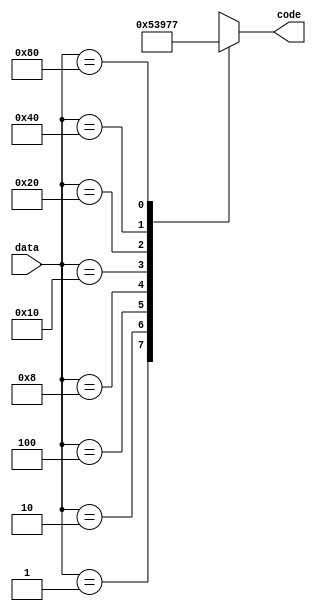
module encoder_8to3(
    input [7:0] data,
    output reg [2:0] code
);

always @ (data)
begin
    case(data)

    8'h01 : code = 3'b000;
    8'h02 : code = 3'b001;
    8'h04 : code = 3'b010;
    8'h08 : code = 3'b011;
    8'h10 : code = 3'b100;
    8'h20 : code = 3'b101;
    8'h40 : code = 3'b110;
    8'h80 : code = 3'b111;
    default: code = 3'bx;

    endcase
end

endmodule